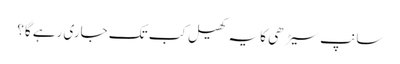
سانپ سیڑھی کا یہ کھیل کب تک جاری رہے گا؟